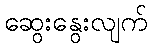
ဆွေးနွေးလျက်